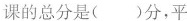
课的总分是( )分，平